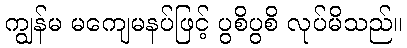
ကျွန်မ မကျေမနပ်ဖြင့် ပွစိပွစိ လုပ်မိသည်။